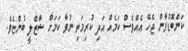
ކަންބޮޑުވާން ޖެހޭ އެއްވެސް ކަމެއް އަދި ކުރިމަތި ނުވާ ކަމަށް ޝާޒްލީ ބުންޏެވެ.